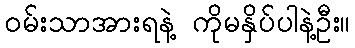
ဝမ်းသာအားရနဲ့ ကိုမနှိပ်ပါနဲ့ဦး။